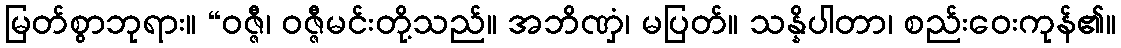
မြတ်စွာဘုရား။ “ဝဇ္ဇီ၊ ဝဇ္ဇီမင်းတို့သည်။ အဘိဏှံ၊ မပြတ်။ သန္နိပါတာ၊ စည်းဝေးကုန်၏။